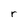
Character: r